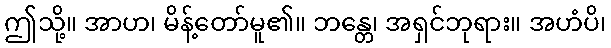
ဤသို့။ အာဟ၊ မိန့်တော်မူ၏။ ဘန္တေ၊ အရှင်ဘုရား။ အဟံပိ၊